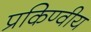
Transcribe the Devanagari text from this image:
प्रकिण्वीय